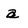
Character: a